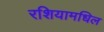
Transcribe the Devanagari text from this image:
रशियामधिल